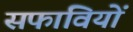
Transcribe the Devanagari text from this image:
सफावियों